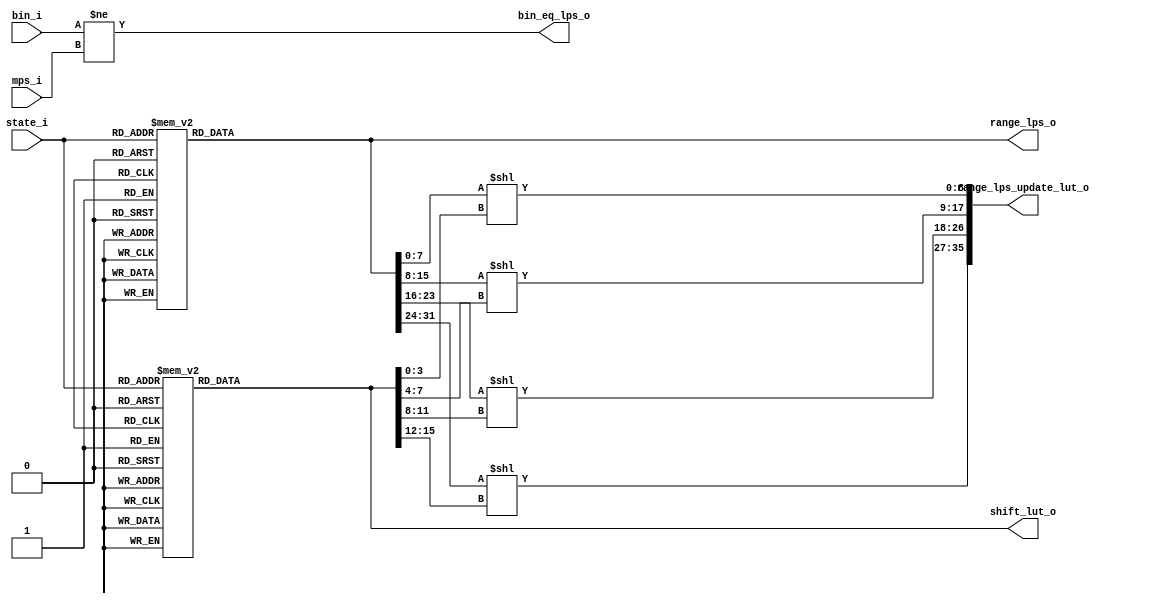
module cabac_bae_stage1(
                            state_i                ,
							bin_i                  ,
							mps_i                  ,

                            range_lps_o            , 
							range_lps_update_lut_o ,                    
                            shift_lut_o            ,

							bin_eq_lps_o   
                        );
//-------------------------------------------------------------------------------------------
//
//-------------------------------------------------------------------------------------------

input       [5:0]       state_i                      ;   
input                   bin_i                        ;
input                   mps_i                        ;    

output      [31:0]      range_lps_o                  ;  
output      [35:0]      range_lps_update_lut_o       ;        
output      [15:0]      shift_lut_o                  ;
output                  bin_eq_lps_o                 ;

//-------------------------------------------------------------------------------------------
//                 loop up table for i_range_lut
//-------------------------------------------------------------------------------------------
reg       [31:0]    range_lps_r                        ;

always @* begin
		case (state_i)
			 6'd0: begin range_lps_r = 32'h80_b0_d0_f0 ; end	
			 6'd1: begin range_lps_r = 32'h80_a7_c5_e3 ; end
			 6'd2: begin range_lps_r = 32'h80_9e_bb_d8 ; end
			 6'd3: begin range_lps_r = 32'h7b_96_b2_cd ; end
			 6'd4: begin range_lps_r = 32'h74_8e_a9_c3 ; end
			 6'd5: begin range_lps_r = 32'h6f_87_a0_b9 ; end
			 6'd6: begin range_lps_r = 32'h69_80_98_af ; end
			 6'd7: begin range_lps_r = 32'h64_7a_90_a6 ; end
			 6'd8: begin range_lps_r = 32'h5f_74_89_9e ; end
			 6'd9: begin range_lps_r = 32'h5a_6e_82_96 ; end
			6'd10: begin range_lps_r = 32'h55_68_7b_8e ; end
			6'd11: begin range_lps_r = 32'h51_63_75_87 ; end
			6'd12: begin range_lps_r = 32'h4d_5e_6f_80 ; end
			6'd13: begin range_lps_r = 32'h49_59_69_7a ; end
			6'd14: begin range_lps_r = 32'h45_55_64_74 ; end
			6'd15: begin range_lps_r = 32'h42_50_5f_6e ; end
			6'd16: begin range_lps_r = 32'h3e_4c_5a_68 ; end
			6'd17: begin range_lps_r = 32'h3b_48_56_63 ; end
			6'd18: begin range_lps_r = 32'h38_45_51_5e ; end
			6'd19: begin range_lps_r = 32'h35_41_4d_59 ; end
			6'd20: begin range_lps_r = 32'h33_3e_49_55 ; end
			6'd21: begin range_lps_r = 32'h30_3b_45_50 ; end
			6'd22: begin range_lps_r = 32'h2e_38_42_4c ; end
			6'd23: begin range_lps_r = 32'h2b_35_3f_48 ; end
			6'd24: begin range_lps_r = 32'h29_32_3b_45 ; end
			6'd25: begin range_lps_r = 32'h27_30_38_41 ; end
			6'd26: begin range_lps_r = 32'h25_2d_36_3e ; end
			6'd27: begin range_lps_r = 32'h23_2b_33_3b ; end
			6'd28: begin range_lps_r = 32'h21_29_30_38 ; end
			6'd29: begin range_lps_r = 32'h20_27_2e_35 ; end
			6'd30: begin range_lps_r = 32'h1e_25_2b_32 ; end
			6'd31: begin range_lps_r = 32'h1d_23_29_30 ; end
			6'd32: begin range_lps_r = 32'h1b_21_27_2d ; end
			6'd33: begin range_lps_r = 32'h1a_1f_25_2b ; end
			6'd34: begin range_lps_r = 32'h18_1e_23_29 ; end
			6'd35: begin range_lps_r = 32'h17_1c_21_27 ; end
			6'd36: begin range_lps_r = 32'h16_1b_20_25 ; end
			6'd37: begin range_lps_r = 32'h15_1a_1e_23 ; end
			6'd38: begin range_lps_r = 32'h14_18_1d_21 ; end
			6'd39: begin range_lps_r = 32'h13_17_1b_1f ; end
			6'd40: begin range_lps_r = 32'h12_16_1a_1e ; end
			6'd41: begin range_lps_r = 32'h11_15_19_1c ; end
			6'd42: begin range_lps_r = 32'h10_14_17_1b ; end
			6'd43: begin range_lps_r = 32'h0f_13_16_19 ; end
			6'd44: begin range_lps_r = 32'h0e_12_15_18 ; end
			6'd45: begin range_lps_r = 32'h0e_11_14_17 ; end
			6'd46: begin range_lps_r = 32'h0d_10_13_16 ; end
			6'd47: begin range_lps_r = 32'h0c_0f_12_15 ; end
			6'd48: begin range_lps_r = 32'h0c_0e_11_14 ; end
			6'd49: begin range_lps_r = 32'h0b_0e_10_13 ; end
			6'd50: begin range_lps_r = 32'h0b_0d_0f_12 ; end
			6'd51: begin range_lps_r = 32'h0a_0c_0f_11 ; end
			6'd52: begin range_lps_r = 32'h0a_0c_0e_10 ; end
			6'd53: begin range_lps_r = 32'h09_0b_0d_0f ; end
			6'd54: begin range_lps_r = 32'h09_0b_0c_0e ; end
			6'd55: begin range_lps_r = 32'h08_0a_0c_0e ; end
			6'd56: begin range_lps_r = 32'h08_09_0b_0d ; end
			6'd57: begin range_lps_r = 32'h07_09_0b_0c ; end
			6'd58: begin range_lps_r = 32'h07_09_0a_0c ; end
			6'd59: begin range_lps_r = 32'h07_08_0a_0b ; end
			6'd60: begin range_lps_r = 32'h06_08_09_0b ; end
			6'd61: begin range_lps_r = 32'h06_07_09_0a ; end
			6'd62: begin range_lps_r = 32'h06_07_08_09 ; end
			6'd63: begin range_lps_r = 32'h02_02_02_02 ; end
		endcase                    
end    

//-------------------------------------------------------------------------------------------
//                 loop up table for shift_lut_r
//-------------------------------------------------------------------------------------------

reg       [15:0]    shift_lut_r                        ;
 always @* begin
		case (state_i)
			 6'd0: begin shift_lut_r = 16'h1_1_1_1 ; end // 9_9_9_9	
			 6'd1: begin shift_lut_r = 16'h1_1_1_1 ; end // 9_9_9_9
			 6'd2: begin shift_lut_r = 16'h1_1_1_1 ; end // 9_9_9_9
			 6'd3: begin shift_lut_r = 16'h2_1_1_1 ; end
			 6'd4: begin shift_lut_r = 16'h2_1_1_1 ; end
			 6'd5: begin shift_lut_r = 16'h2_1_1_1 ; end
			 6'd6: begin shift_lut_r = 16'h2_1_1_1 ; end
			 6'd7: begin shift_lut_r = 16'h2_2_1_1 ; end
			 6'd8: begin shift_lut_r = 16'h2_2_1_1 ; end
			 6'd9: begin shift_lut_r = 16'h2_2_1_1 ; end
			6'd10: begin shift_lut_r = 16'h2_2_2_1 ; end
			6'd11: begin shift_lut_r = 16'h2_2_2_1 ; end
			6'd12: begin shift_lut_r = 16'h2_2_2_1 ; end
			6'd13: begin shift_lut_r = 16'h2_2_2_2 ; end
			6'd14: begin shift_lut_r = 16'h2_2_2_2 ; end
			6'd15: begin shift_lut_r = 16'h2_2_2_2 ; end
			6'd16: begin shift_lut_r = 16'h3_2_2_2 ; end
			6'd17: begin shift_lut_r = 16'h3_2_2_2 ; end
			6'd18: begin shift_lut_r = 16'h3_2_2_2 ; end
			6'd19: begin shift_lut_r = 16'h3_2_2_2 ; end
			6'd20: begin shift_lut_r = 16'h3_3_2_2 ; end
			6'd21: begin shift_lut_r = 16'h3_3_2_2 ; end
			6'd22: begin shift_lut_r = 16'h3_3_2_2 ; end
			6'd23: begin shift_lut_r = 16'h3_3_3_2 ; end
			6'd24: begin shift_lut_r = 16'h3_3_3_2 ; end
			6'd25: begin shift_lut_r = 16'h3_3_3_2 ; end
			6'd26: begin shift_lut_r = 16'h3_3_3_3 ; end
			6'd27: begin shift_lut_r = 16'h3_3_3_3 ; end
			6'd28: begin shift_lut_r = 16'h3_3_3_3 ; end
			6'd29: begin shift_lut_r = 16'h3_3_3_3 ; end
			6'd30: begin shift_lut_r = 16'h4_3_3_3 ; end
			6'd31: begin shift_lut_r = 16'h4_3_3_3 ; end
			6'd32: begin shift_lut_r = 16'h4_3_3_3 ; end
			6'd33: begin shift_lut_r = 16'h4_4_3_3 ; end
			6'd34: begin shift_lut_r = 16'h4_4_3_3 ; end
			6'd35: begin shift_lut_r = 16'h4_4_3_3 ; end
			6'd36: begin shift_lut_r = 16'h4_4_3_3 ; end
			6'd37: begin shift_lut_r = 16'h4_4_4_3 ; end
			6'd38: begin shift_lut_r = 16'h4_4_4_3 ; end
			6'd39: begin shift_lut_r = 16'h4_4_4_4 ; end
			6'd40: begin shift_lut_r = 16'h4_4_4_4 ; end
			6'd41: begin shift_lut_r = 16'h4_4_4_4 ; end
			6'd42: begin shift_lut_r = 16'h4_4_4_4 ; end
			6'd43: begin shift_lut_r = 16'h5_4_4_4 ; end
			6'd44: begin shift_lut_r = 16'h5_4_4_4 ; end
			6'd45: begin shift_lut_r = 16'h5_4_4_4 ; end
			6'd46: begin shift_lut_r = 16'h5_4_4_4 ; end
			6'd47: begin shift_lut_r = 16'h5_5_4_4 ; end
			6'd48: begin shift_lut_r = 16'h5_5_4_4 ; end
			6'd49: begin shift_lut_r = 16'h5_5_4_4 ; end
			6'd50: begin shift_lut_r = 16'h5_5_5_4 ; end
			6'd51: begin shift_lut_r = 16'h5_5_5_4 ; end
			6'd52: begin shift_lut_r = 16'h5_5_5_4 ; end
			6'd53: begin shift_lut_r = 16'h5_5_5_5 ; end
			6'd54: begin shift_lut_r = 16'h5_5_5_5 ; end
			6'd55: begin shift_lut_r = 16'h5_5_5_5 ; end
			6'd56: begin shift_lut_r = 16'h5_5_5_5 ; end
			6'd57: begin shift_lut_r = 16'h6_5_5_5 ; end
			6'd58: begin shift_lut_r = 16'h6_5_5_5 ; end
			6'd59: begin shift_lut_r = 16'h6_5_5_5 ; end
			6'd60: begin shift_lut_r = 16'h6_5_5_5 ; end
			6'd61: begin shift_lut_r = 16'h6_6_5_5 ; end
			6'd62: begin shift_lut_r = 16'h6_6_5_5 ; end
			6'd63: begin shift_lut_r = 16'h6_6_6_6 ; end
		endcase                    
end    

//-------------------------------------------------------------------------------------------
//                calculation bin_eq_lps 
//-------------------------------------------------------------------------------------------

wire            bin_eq_lps_w    =     bin_i != mps_i ;

//-------------------------------------------------------------------------------------------
//                calculation range_lps_lut_o 
//-------------------------------------------------------------------------------------------
wire  [8:0]     range_lps_update_0_w  = range_lps_r[ 7:0 ]<<shift_lut_r[ 3:0 ];
wire  [8:0]     range_lps_update_1_w  = range_lps_r[15:8 ]<<shift_lut_r[ 7:4 ];
wire  [8:0]     range_lps_update_2_w  = range_lps_r[23:16]<<shift_lut_r[11:8 ];
wire  [8:0]     range_lps_update_3_w  = range_lps_r[31:24]<<shift_lut_r[15:12];

//-------------------------------------------------------------------------------------------
//                            output 
//-------------------------------------------------------------------------------------------
assign          range_lps_o      =     range_lps_r      ;
assign          shift_lut_o      =     shift_lut_r      ;
assign          bin_eq_lps_o     =     bin_eq_lps_w     ;

assign range_lps_update_lut_o = {range_lps_update_3_w,range_lps_update_2_w,range_lps_update_1_w,range_lps_update_0_w};



endmodule